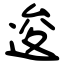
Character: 逡